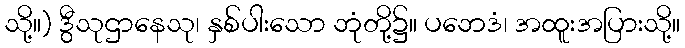
သို့။) ဒွီသုဌာနေသု၊ နှစ်ပါးသော ဘုံတို့၌။ ပဘေဒံ၊ အထူးအပြားသို့။